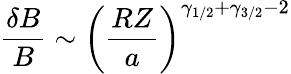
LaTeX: \frac{\delta B}{B}\sim\left(\frac{RZ}{a}\right)^{\gamma_{1/2}+\gamma_{3/2}-2}